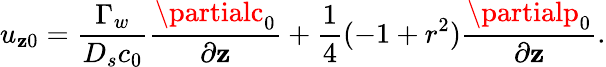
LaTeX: u_{\mathbf{z}0}=\frac{{\Gamma_{w}}}{{D_{s}c_{0}}}\frac{{\partialc_{0}}}{{\partial\mathbf{z}}}+\frac{{1}}{{4}}(-1+r^{2})\frac{{\partialp_{0}}}{{\partial\mathbf{z}}}.